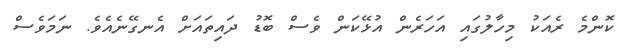
ކޮންމެ ރެއަކު މިހާލުގައި އަހަރެން އުޅޭކަން ވެސް ބޮޑު ދައިތައަށް އެނގޭނެއެވެ. ނަމަވެސް